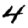
Digit: 4